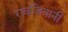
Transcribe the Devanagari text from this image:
रावजियानी